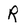
Character: R